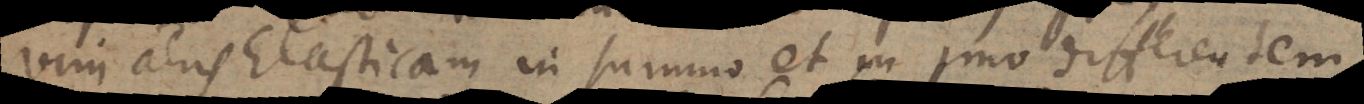
vim aeris Elasticam in summo et in imo differentem.